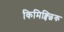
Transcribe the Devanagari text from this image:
किमिक्च्छिक